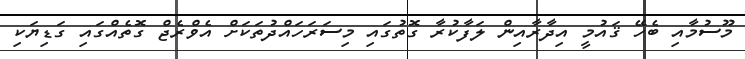
މޫސުމާއި ބެހޭ ޤައުމީ އިދާރާއިން ލަފާކުރާ ގޮތުގައި މިސަރަހައްދުތަކަށް އެވްރެޖް ގޮތެއްގައި ގަޑިޔަކި